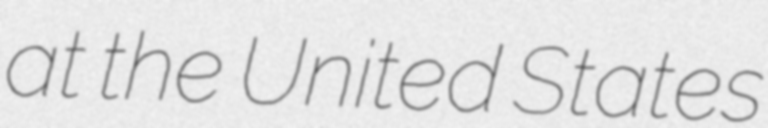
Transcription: at the United States